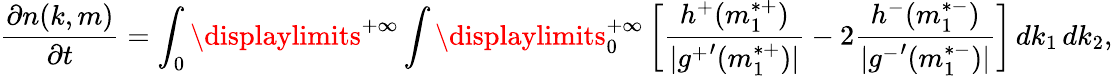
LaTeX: \frac{\partial n(k,m)}{\partial t}=\int_{0}\displaylimits^{+\infty}\int\displaylimits_{0}^{+\infty}\left[\frac{h^{+}(m_{1}^{*+})}{|{g^{+}}^{\prime}(m_{1}^{*+})|}-2\frac{h^{-}(m_{1}^{*-})}{|{g^{-}}^{\prime}(m_{1}^{*-})|}\right]\, dk_{1}\, dk_{2},